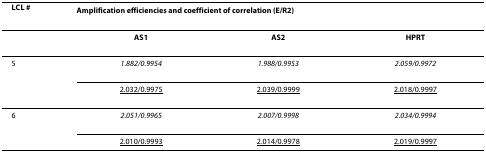
<table><thead><tr><td><b>LCL #</b></td><td colspan="3"><b>Amplification efficiencies and coefficient of correlation (E/R<sup>2</sup>)</b></td></tr></thead><tbody><tr><td></td><td><b>AS1</b></td><td><b>AS2</b></td><td><b>HPRT</b></td></tr><tr><td>5</td><td><i>1.882/0.9954</i></td><td><i>1.988/0.9953</i></td><td><i>2.059/0.9972</i></td></tr><tr><td></td><td><underline>2.032/0.9975</underline></td><td><underline>2.039/0.9999</underline></td><td><underline>2.018/0.9997</underline></td></tr><tr><td>6</td><td><i>2.051/0.9965</i></td><td><i>2.007/0.9998</i></td><td><i>2.034/0.9994</i></td></tr><tr><td></td><td><underline>2.010/0.9993</underline></td><td><underline>2.014/0.9978</underline></td><td><underline>2.019/0.9997</underline></td></tr></tbody></table>